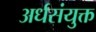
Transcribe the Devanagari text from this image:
अर्धसंयुक्त